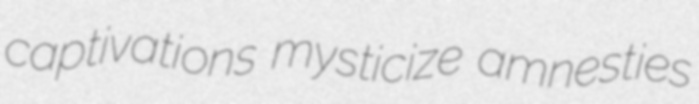
captivations mysticize amnesties